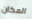
المكان